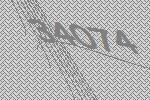
34074